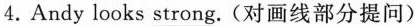
4.Andy looks strong.(对画线部分提问)